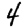
Digit: 4